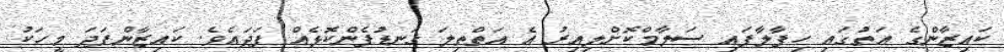
ކައިޒާންގެ އަތުގައި ހިފާލާފައި ސަލާމްކޮށްލިއިރު އެ އަތްތިލަ ގަނޑުފެންކޮޅެއް ފަދައެވެ. ކައިޒާންފަދަ މީހަކު